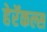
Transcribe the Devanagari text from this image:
हेरॅकल्स